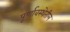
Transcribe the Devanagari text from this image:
पूर्णावस्थेतील